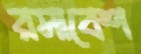
রসাবেশ